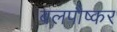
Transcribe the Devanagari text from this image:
बलपौष्कर